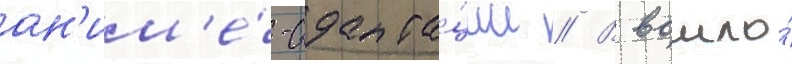
ан'им'е́-адапта́ции // В вошло́